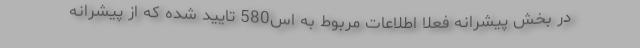
در بخش پیشرانه فعلا اطلاعات مربوط به اس580 تایید شده که از پیشرانه